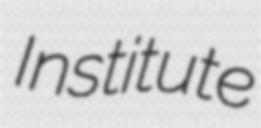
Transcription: Institute